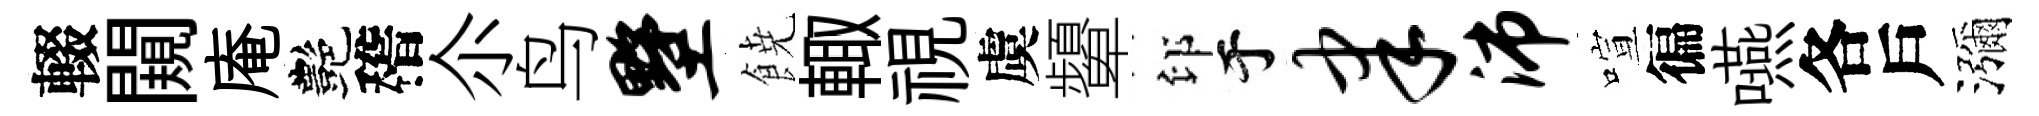
輟闚庵艷稽尒鸟墅𩜙輙視虞顰印于聿沛喧徧嚥各戶瀰